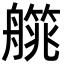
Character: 艞